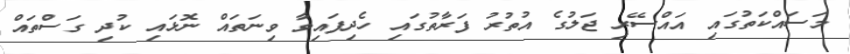
މަސައްކަތުގައި އައްސޭރި ޖަލުގެ އުތުރު ފަރާތުގައި ހެދިފައިވާ ވިނަތައް ނޮޅައި ކުދި ގަސްތައް